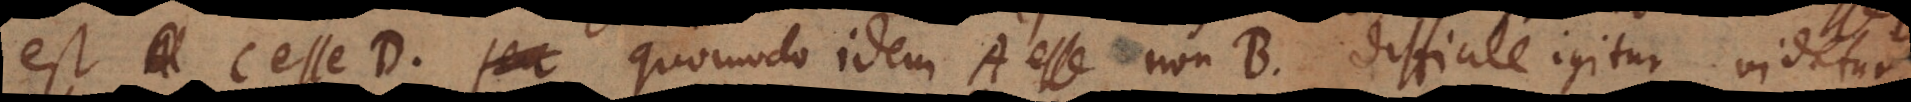
est C esse D. Quomodo idem A esse non B. Difficile igitur videtur